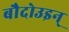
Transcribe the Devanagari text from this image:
बौदोउइन्